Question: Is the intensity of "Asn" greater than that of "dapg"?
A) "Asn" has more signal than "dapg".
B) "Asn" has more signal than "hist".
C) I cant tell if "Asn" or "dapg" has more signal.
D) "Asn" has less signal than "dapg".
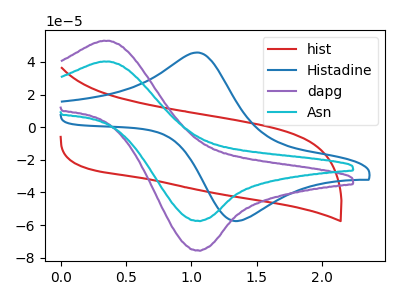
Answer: <think>The red curve "hist" has no peaks. The blue curve "Histadine" has an anodic peak at (1.05V, 45.80uA) and a cathodic peak at (1.35V, -57.60uA). The purple curve "dapg" has an anodic peak at (0.35V, 53.05uA) and a cathodic peak at (1.05V, -75.55uA). The cyan curve "Asn" has an anodic peak at (0.35V, 40.30uA) and a cathodic peak at (1.05V, -57.40uA).
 All the peaks in "Asn" have a peak in "dapg" at the same potential. Every peak in "Asn" is lower than every peak in "dapg".</think>
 <answer>D) "Asn" has less signal than "dapg".</answer>
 <eval>D</eval>